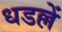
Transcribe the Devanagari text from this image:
धडल्लें